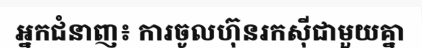
អ្នកជំនាញ៖ ការចូលហ៊ុនរកស៊ីជាមួយគ្នា